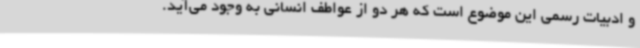
و ادبیات رسمی این موضوع است که هر دو از عواطف انسانی به وجود می‌آید.